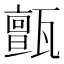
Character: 𤮜